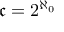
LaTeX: { \mathfrak { c } } = 2 ^ { \aleph _ { 0 } }